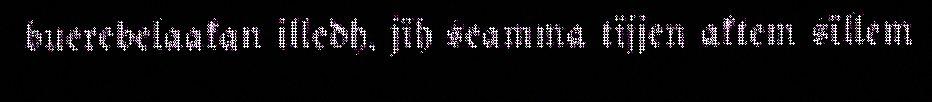
buerebelaakan illedh, jïh seamma tïjjen aktem sïllem